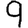
Digit: 9